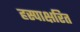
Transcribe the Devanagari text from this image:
हस्पाक्षरित